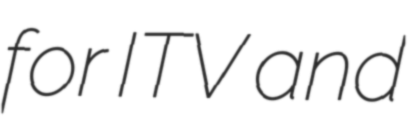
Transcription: for ITV and